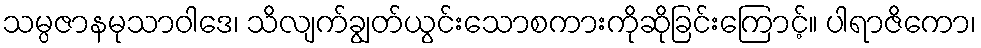
သမ္ပဇာနမုသာဝါဒေ၊ သိလျက်ချွတ်ယွင်းသောစကားကိုဆိုခြင်းကြောင့်။ ပါရာဇိကော၊